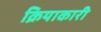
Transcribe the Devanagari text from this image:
क्रियाकारी